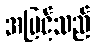
အမြင့်သည်